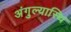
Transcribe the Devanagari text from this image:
अंगुल्यास्थि